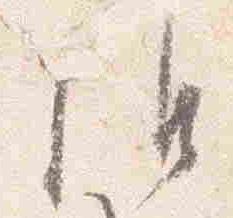
候